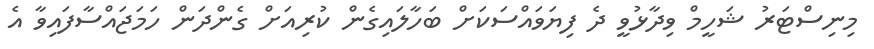
މިނިސްޓަރު ޝަހީމް ވިދާޅުވީ ދެ ފިޔަވައްސަކަށް ބަހާލައިގެން ކުރިއަށް ގެންދަން ހަމަޖައްސާފައިވާ އެ